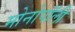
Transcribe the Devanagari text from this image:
मोनोपॉली